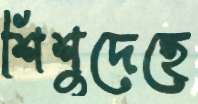
শিশুদেহে